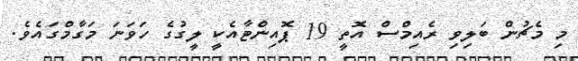
މި މެޗުން ބަލިވި ރެއިމްސް އޮތީ 19 ޕޮއިންޓާއެކީ ލީގުގެ ހަވަނަ މަގާމްގައެވެ.